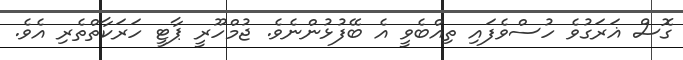
ގޮސް ޣަރަގުވެ ހުސްވެފައި ތިއްބެވީ އެ ބޭފުޅުންނެވެ. ޖުމްހޫރީ ޕާޓީ ހަރަކާތްތެރި އެވެ.